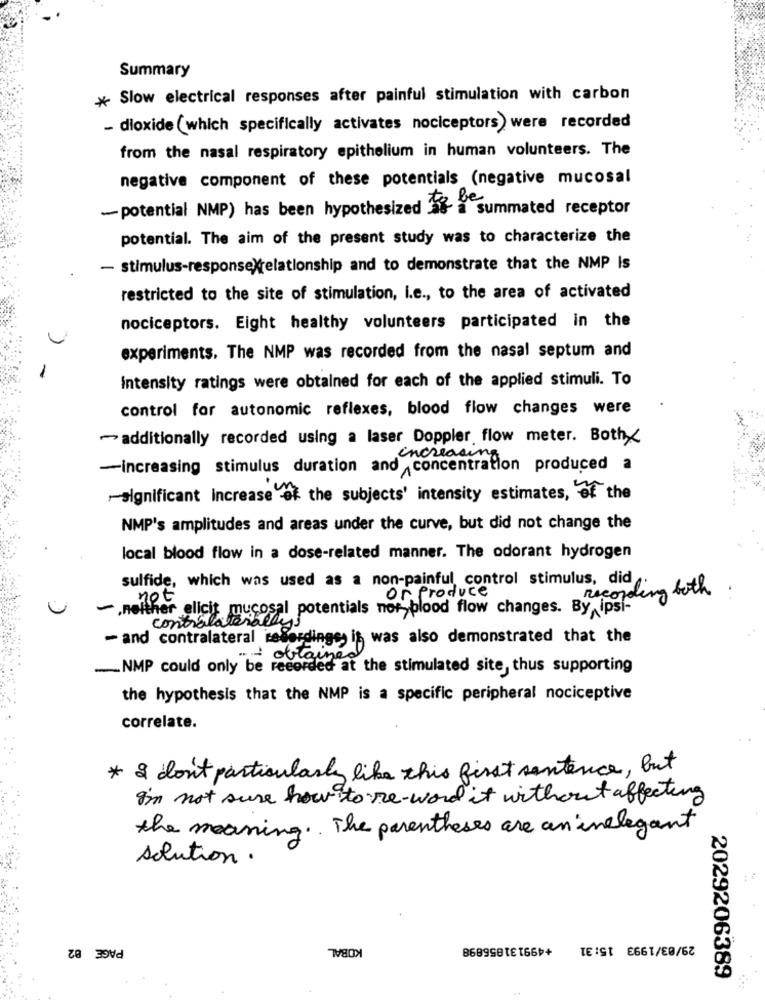
Summary
* Slow electrical responses after painful stimulation with carbon
- dioxide (which specifically activates nociceptors) were recorded
from the nasal respiratory epithelium in human volunteers. The
negative component of these potentials (negative mucosal
-potential NMP) has been hypothesized as a summated receptor
potential. The aim of the present study was to characterize the
- stimulus-response relationship and to demonstrate that the NMP Is
restricted to the site of stimulation, i.e ., to the area of activated
nociceptors. Eight healthy volunteers participated in the
experiments. The NMP was recorded from the nasal septum and
Intensity ratings were obtained for each of the applied stimuli. To
control for autonomic reflexes, blood flow changes were
- additionally recorded using a laser Doppler flow meter. Both_
increasing
-increasing stimulus duration and concentration produced a
-significant increase et the subjects' intensity estimates, of the
NMP's amplitudes and areas under the curve, but did not change the
local blood flow in a dose-related manner. The odorant hydrogen
sulfide, which was used as a non-painful control stimulus, did
or produce
recording both
not
,neither elicit mucosal potentials nor, blood flow changes. By ipsi-
contralateral
- and contralateral reserdinge, it was also demonstrated that the
- obtaines
... NMP could only be recorded at the stimulated site, thus supporting
the hypothesis that the NMP is a specific peripheral nociceptive
correlate.
* I don't particularly like this first sentence, but
I'm not sure how to me-word it without affecting
the meaning .. The parentheses are an inelegant
solution.
PAGE 02
KOBAL
29/03/1993 15:31
2029206389